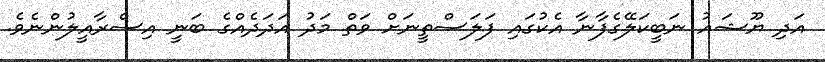
އަދި ޔޫޝައު ނަބީކަލޭގެފާނާ އެކުގައި ފަލަސްތީނަށް ވަތް މަދު އަދަދެއްގެ ބަނީ އިސްރާއީލުންނެވެ.